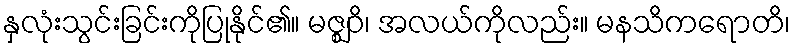
နှလုံးသွင်းခြင်းကိုပြုနိုင်၏။ မဇ္ဈဝိ၊ အလယ်ကိုလည်း။ မနသိကရောတိ၊